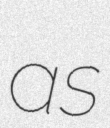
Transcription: as